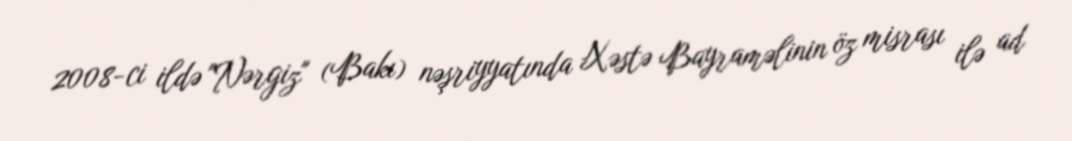
2008-ci ildə "Nərgiz" (Bakı) nəşriyyatında Xəstə Bayraməlinin öz misrası ilə ad